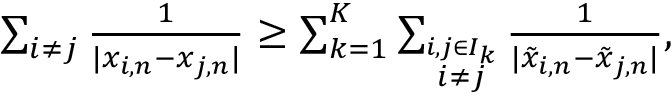
\begin{array} { r } { \sum _ { i \not = j } { \frac { 1 } { | x _ { i , n } - x _ { j , n } | } } \geq \sum _ { k = 1 } ^ { K } \sum _ { \stackrel { i , j \in I _ { k } } { i \not = j } } { \frac { 1 } { | \tilde { x } _ { i , n } - \tilde { x } _ { j , n } | } } , } \end{array}